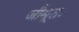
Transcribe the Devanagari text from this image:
जीमूतः